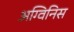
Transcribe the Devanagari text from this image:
अग्विनिस